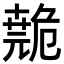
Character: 𫶺